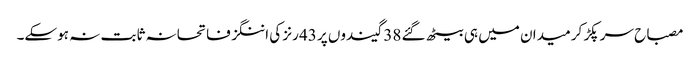
مصباح سر پکڑ کر میدان میں ہی بیٹھ گئے 38 گیندوں پر 43 رنز کی اننگز فاتحانہ ثابت نہ ہوسکے۔